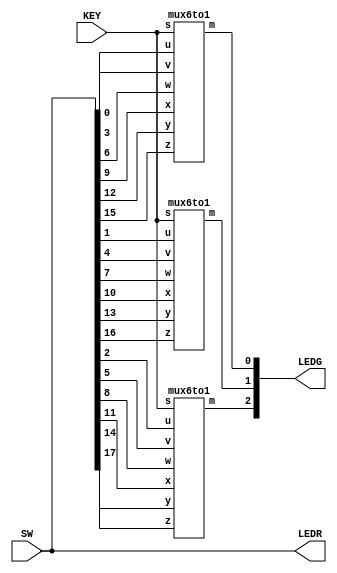
module part3(input [2:0]KEY, input [17:0]SW, output [2:0]LEDG, output [17:0]LEDR);

	wire [2:0] s, U, V, W, X, Y, Z, M;
	
	assign s = KEY;
	assign U = SW[2:0];
	assign V = SW[5:3];
	assign W = SW[8:6];
	assign X = SW[11:9];
	assign Y = SW[14:12];
	assign Z = SW[17:15];
	assign LEDR = SW;
	assign LEDG = M;
	
	mux6to1 call1(s, U[0], V[0], W[0], X[0], Y[0], Z[0], M[0]);
	mux6to1 call2(s, U[1], V[1], W[1], X[1], Y[1], Z[1], M[1]);
	mux6to1 call3(s, U[2], V[2], W[2], X[2], Y[2], Z[2], M[2]);

endmodule 	

module mux6to1(input [2:0]s, input u, v, w, x, y, z, output m);

	wire a, b, c, d;
	
	mux2to1 inst1(u, v, s[0], a);
	mux2to1 inst2(w, x, s[0], b);
	mux2to1 inst3(a, b, s[1], c);
	mux2to1 inst4(y, z, s[0], d);
	mux2to1 inst5(c, d, s[2], m);

endmodule

module mux2to1(input x, y, s, output m);

	assign m = (~s & x) | (s & y);
	
endmodule